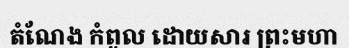
តំណែង កំពូល ដោយសារ ព្រះមហា